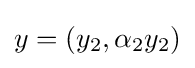
y=(y_{2},\alpha _{2}y_{2})